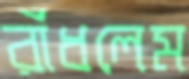
রাঁধলেম